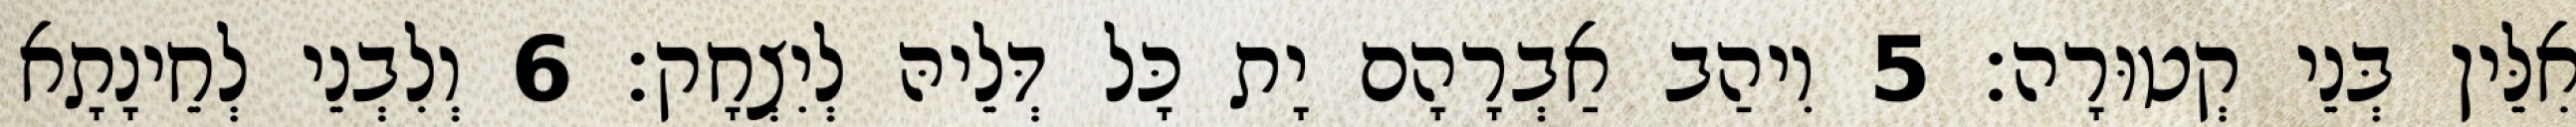
אִלֵּין בְּנֵי קְטוּרָה׃ 5 וִיהַב אַבְרָהָם יָת כָּל דְּלֵיהּ לְיִצְחָק׃ 6 וְלִבְנֵי לְחֵינָתָא